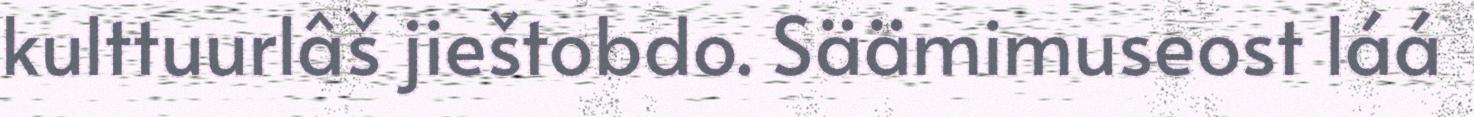
kulttuurlâš jieštobdo. Säämimuseost láá